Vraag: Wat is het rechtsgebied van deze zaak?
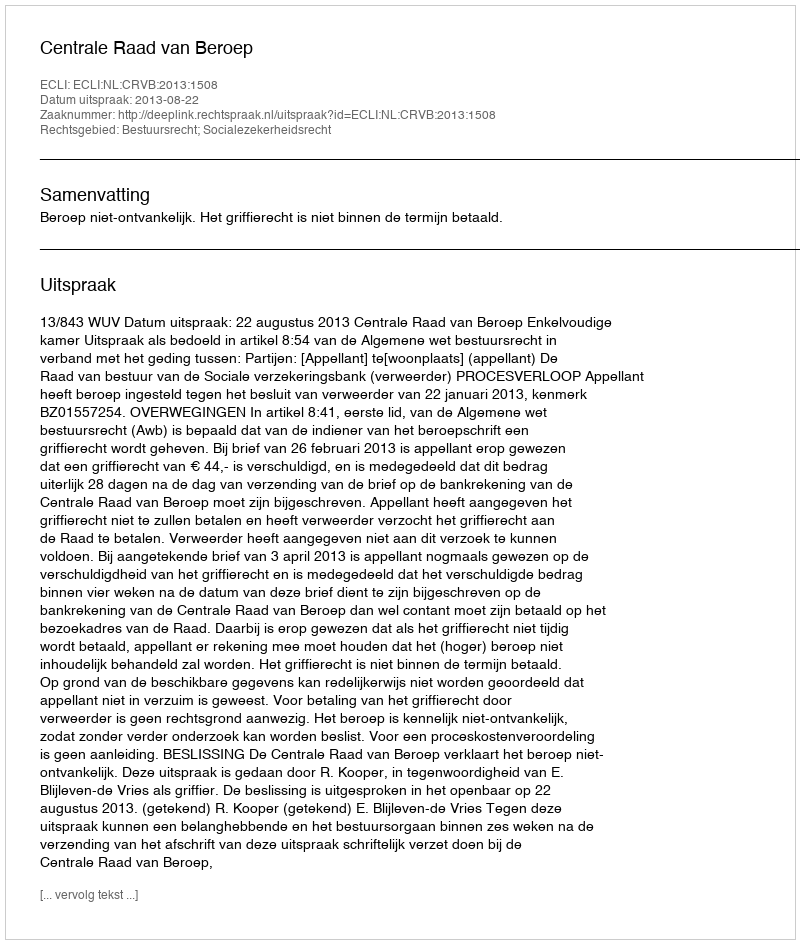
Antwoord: Bestuursrecht; Socialezekerheidsrecht